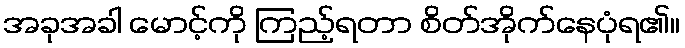
အခုအခါ မောင့်ကို ကြည့်ရတာ စိတ်အိုက်နေပုံရ၏။